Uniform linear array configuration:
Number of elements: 12
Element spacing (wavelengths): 1
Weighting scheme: hann
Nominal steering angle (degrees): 15
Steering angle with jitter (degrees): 13.343
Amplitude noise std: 0.05
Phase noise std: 0.05

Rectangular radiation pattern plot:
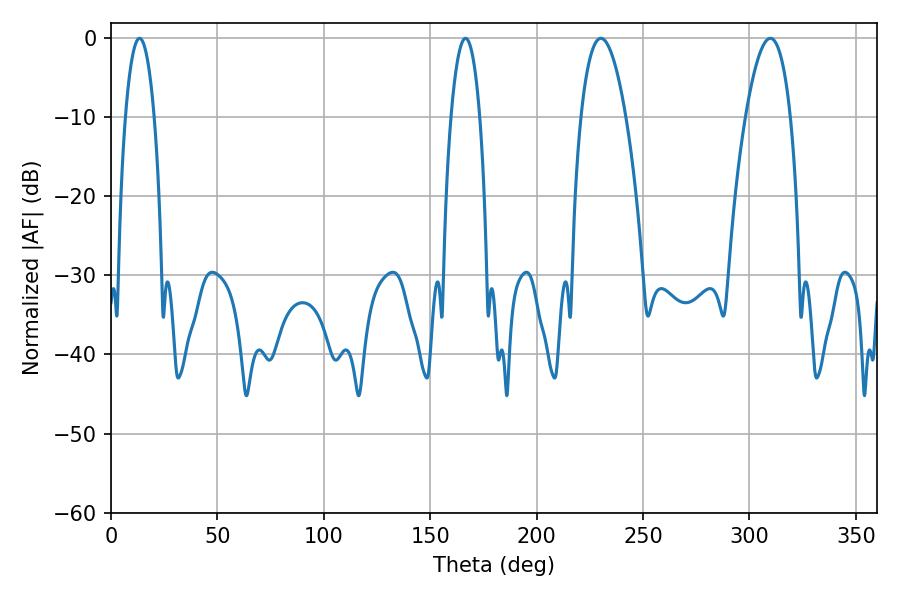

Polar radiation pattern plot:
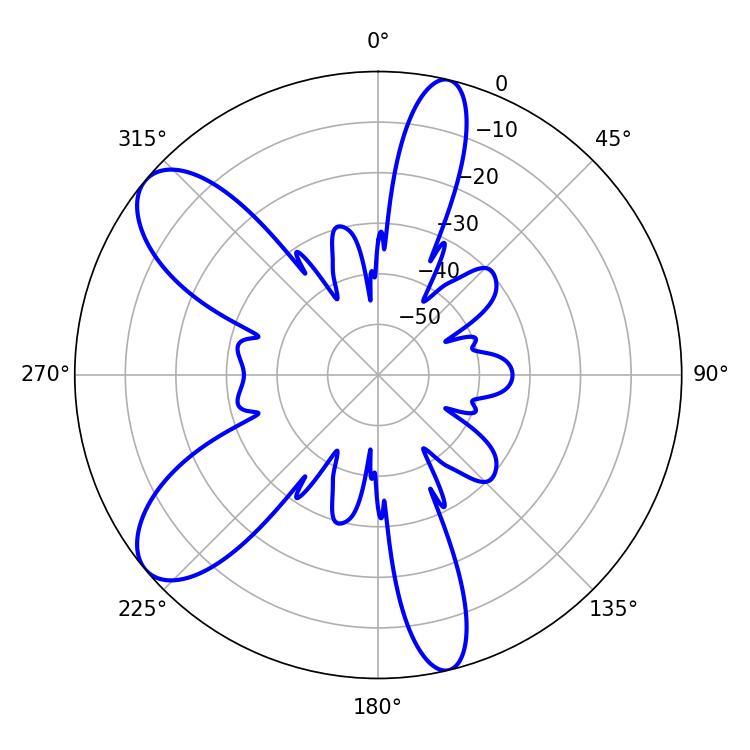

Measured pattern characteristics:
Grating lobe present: TRUE
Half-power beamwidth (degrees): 11.7
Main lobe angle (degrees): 230.22